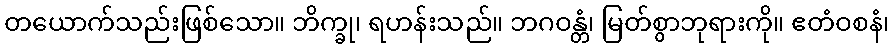
တယောက်သည်းဖြစ်သော။ ဘိက္ခု၊ ရဟန်းသည်။ ဘဂဝန္တံ၊ မြတ်စွာဘုရားကို။ ဧတံဝစနံ၊